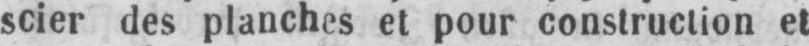
scier des planches et pour construction et